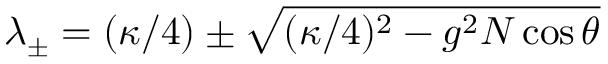
\lambda _ { \pm } = ( \kappa / 4 ) \pm \sqrt { ( \kappa / 4 ) ^ { 2 } - g ^ { 2 } N \cos \theta }